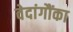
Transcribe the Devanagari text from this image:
वेदांगौंका